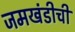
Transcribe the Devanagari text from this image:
जमखंडीची